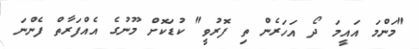
"މަންމަ އައީމަ ދޯ އަހަރެން ތި ފޮރުވީ" ކުޑަކޮށް މޫނުގެ އެއްފަރާތް ފެންނަ